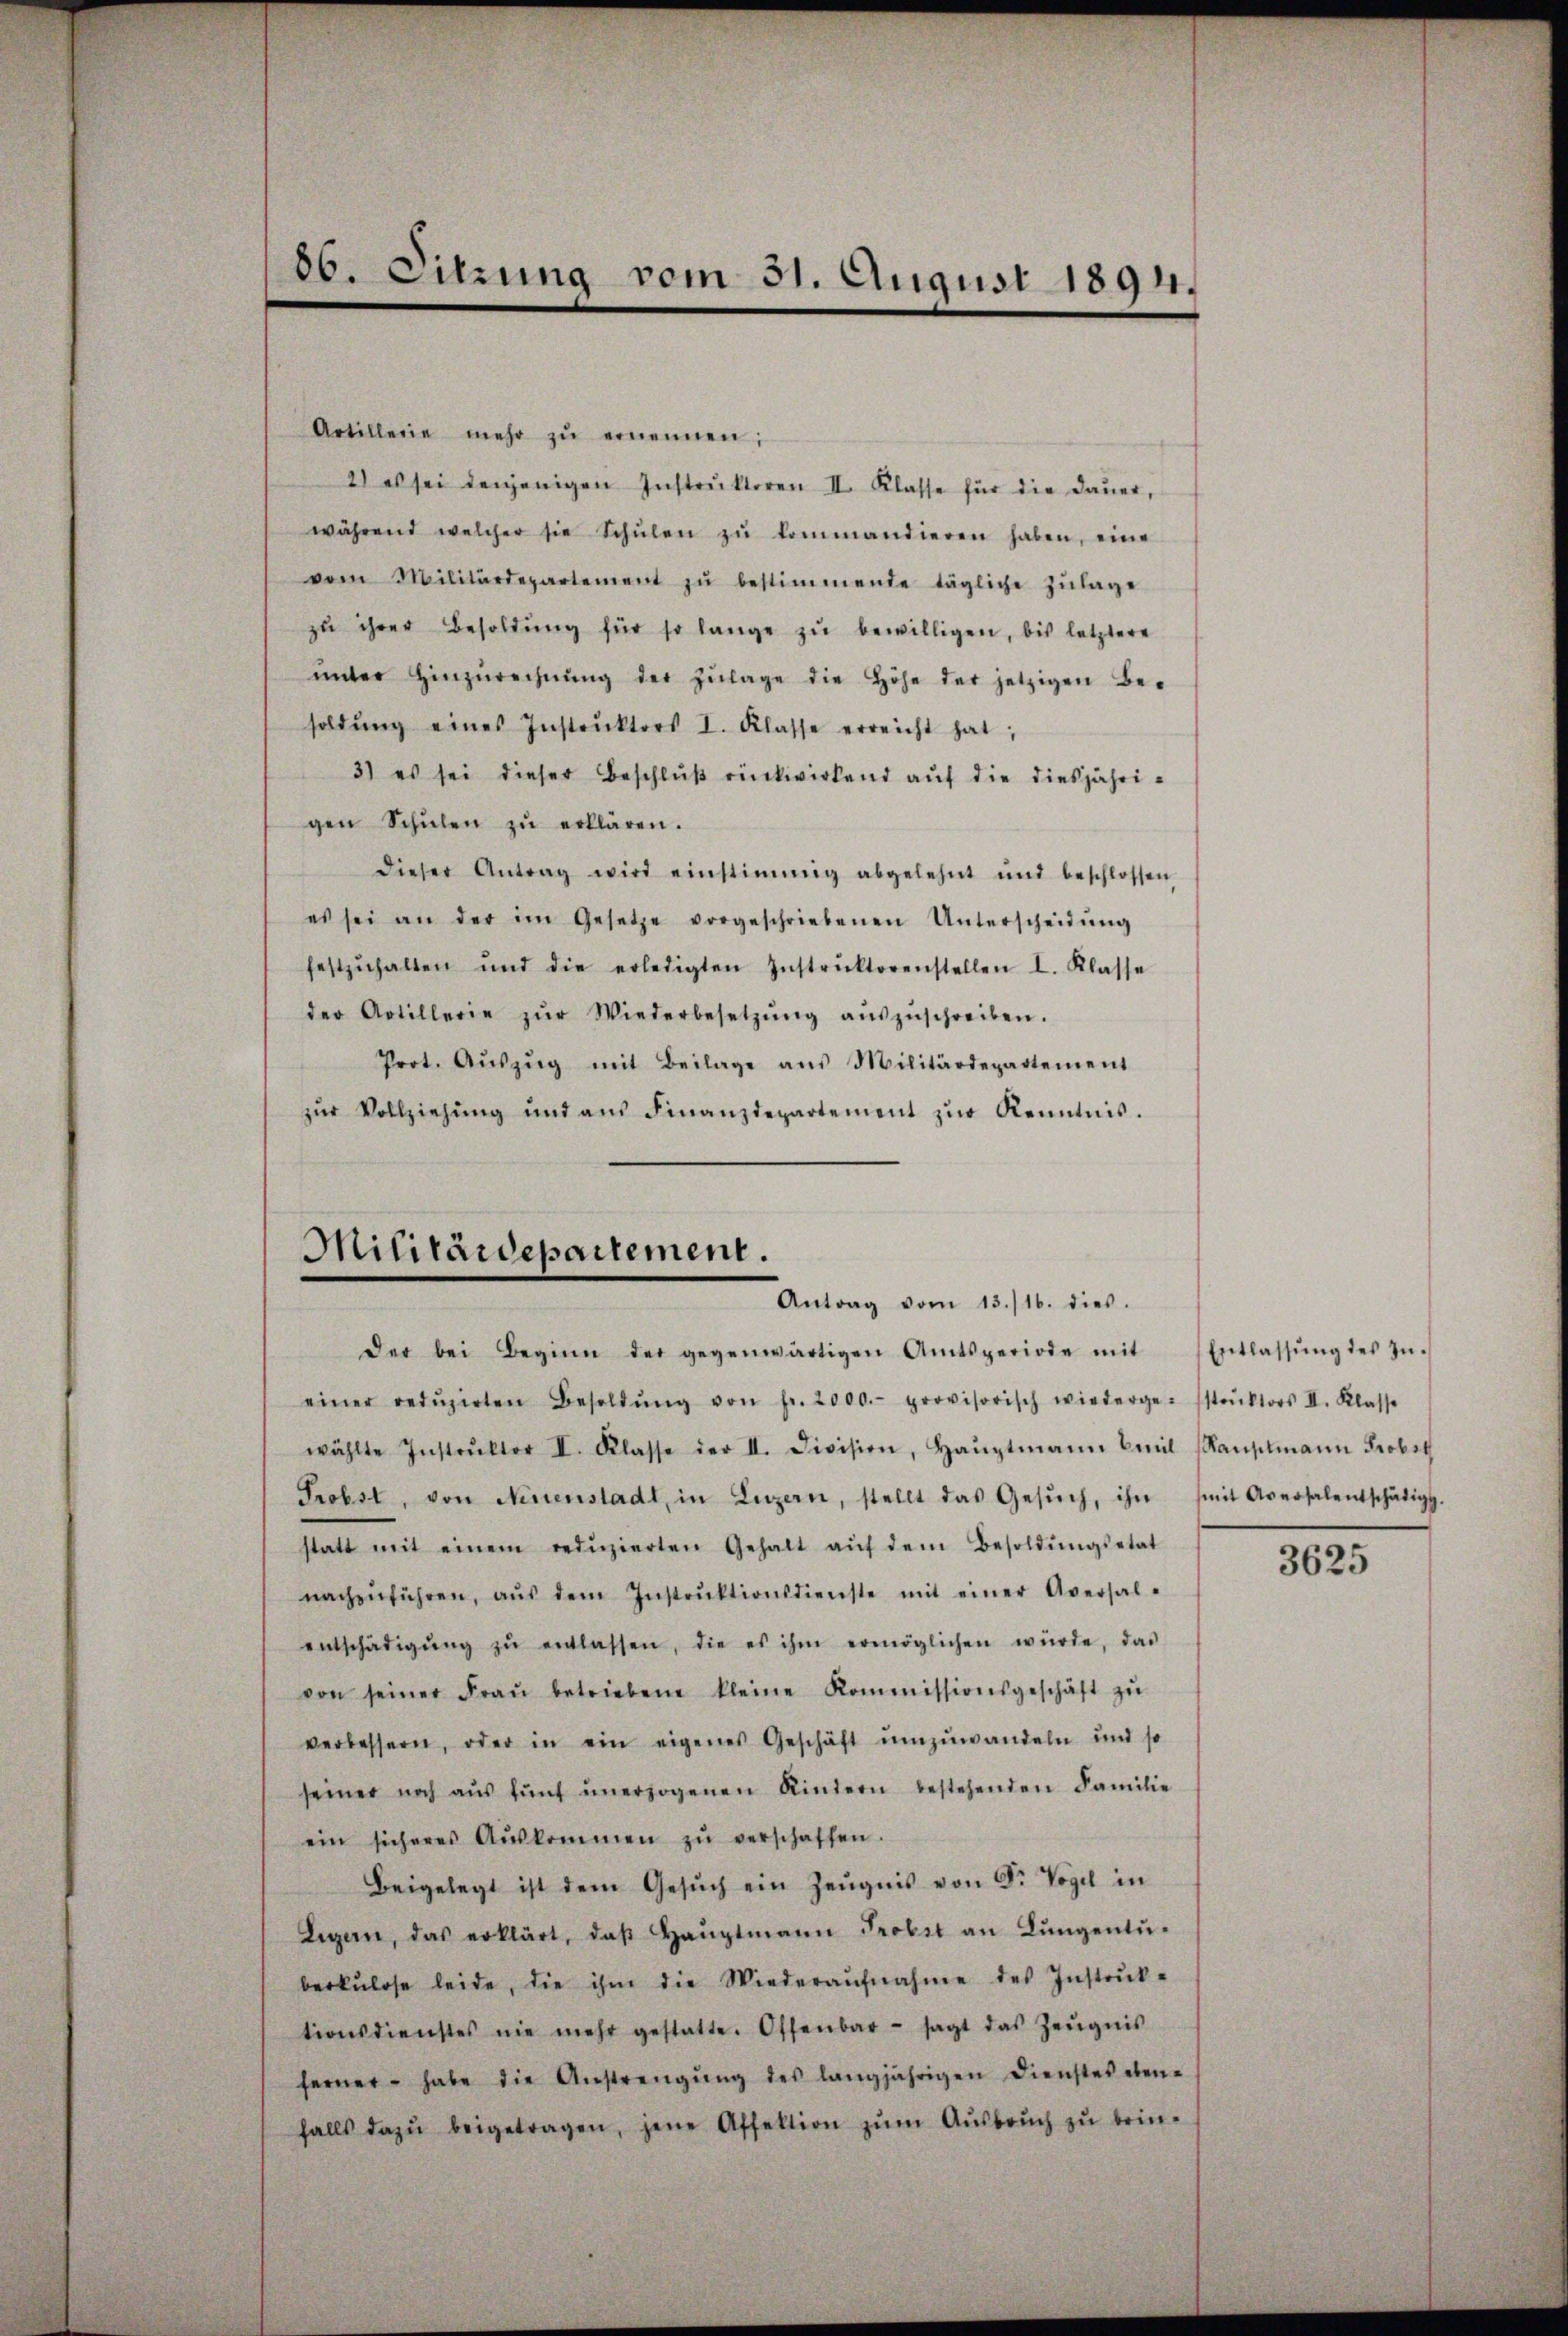
86. Sitzung vom 31. August 1894.

Artillerie mehr zŭ ernennen;
2) es sei denjenigen Instrŭktoren II. Klasse für die Daŭer,
während welcher sie Schŭlen zŭ kommandieren haben, eine
vom Militärdepartement zŭ bestimmende tägliche Zŭlage
zŭ ihrer Besoldŭng für so lange zŭ bewilligen, bis letztere
ŭnter Hinzŭrechnŭng der Zŭlage die Höhe der jetzigen Besoldŭng eines Instrŭktors I. Klasse erreicht hat;
3) es sei dieser Beschlŭβ rückwirkend auf die diesjährigen Schŭlen zŭ erklären.
dieser Antrag wird einstimmig abgelehnt und beschlossen
es sei an der im Gesetze vorgeschriebenen Unterscheidŭng
festzŭhalten und die erledigten Instrŭktorenstellen I. Klasse
der Artillerie zŭr Wiederbesetzŭng aŭszŭschreiben.
Prot. Aŭszŭg mit Beilage aus Militärdepartement
zŭr Vollziehŭng und aŭs Finanzdepartement zŭr Kenntnis.

Militärdepartement.
Antrag vom 13./16. dies.

einer redŭzirten Besoldŭng von fr. 2000.- provisorisch wiedergesstrŭktors II. Klasse
wählte Instrŭktor I. Klasse der II. Division, Haŭptmann Emil (Raŭptmann Probel
Frobst, von Neuenstadt, in Luzern, stellt das Gesŭch, ihn (mit Aversalentschädigt,
statt mit einem redŭzierten Gehalt aŭf dem Besoldŭngsetat
nachzŭführen, aŭs dem Instrŭktionsdienste mit einer Aversal-
entschädigŭng zŭ entlassen, die es ihm ermöglichen würde, das
von seiner Fraŭ betriebene kleine Kommissionsgeschäft zŭ
verbessern, oder in ein eigenes Geschäft ŭmzŭwandeln und so
seiner noch aŭs fünf ŭnerzogenen Rintern bestehenden Familie
ein sicheres Aŭskommen zŭ verschaffen.
Beigelegt ist dem Gesŭch ein Zeŭgnis von Fr. Vogel in
Legern, das erklärt, daβ Haŭptmann Probel an Lŭngentü
berkulose leide, die ihm die Wiederaŭfnahme des Instrŭk-
tionsdienstes nie mehr gestatte. Offenbar sagt das Zeŭgnis
ferner habe die Anstrengŭng des langjährigen Dienstes eben-
falls dazŭ beigetragen, jene Affektion zŭm Aŭsbrŭch zŭ brin-

der bei Beginn der gegenwärtigen Amtsperiode mit

Entlassung des Zu¬

3625